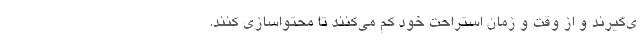
ی‌گیرند و از وقت و زمان استراحت خود کم می‌کنند تا محتواسازی کنند.